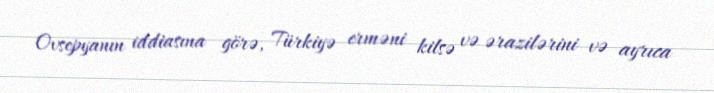
Ovsepyanın iddiasına görə, Türkiyə erməni kilsə və ərazilərini və ayrıca